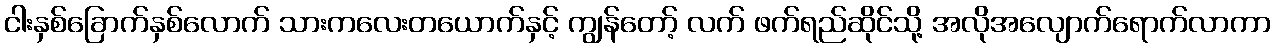
ငါးနှစ်ခြောက်နှစ်လောက် သားကလေးတယောက်နှင့် ကျွန်တော့် လက် ဖက်ရည်ဆိုင်သို့ အလိုအလျောက်ရောက်လာကာ